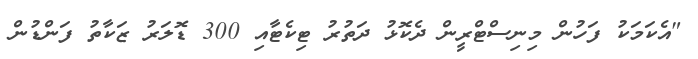
"އެކަމަކު ފަހުން މިނިސްޓްރީން ދެކޮޅު ދަތުރު ޓިކެޓާއި 300 ޑޮލަރު ޒަކާތު ފަންޑުން